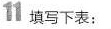
11 填写下表：